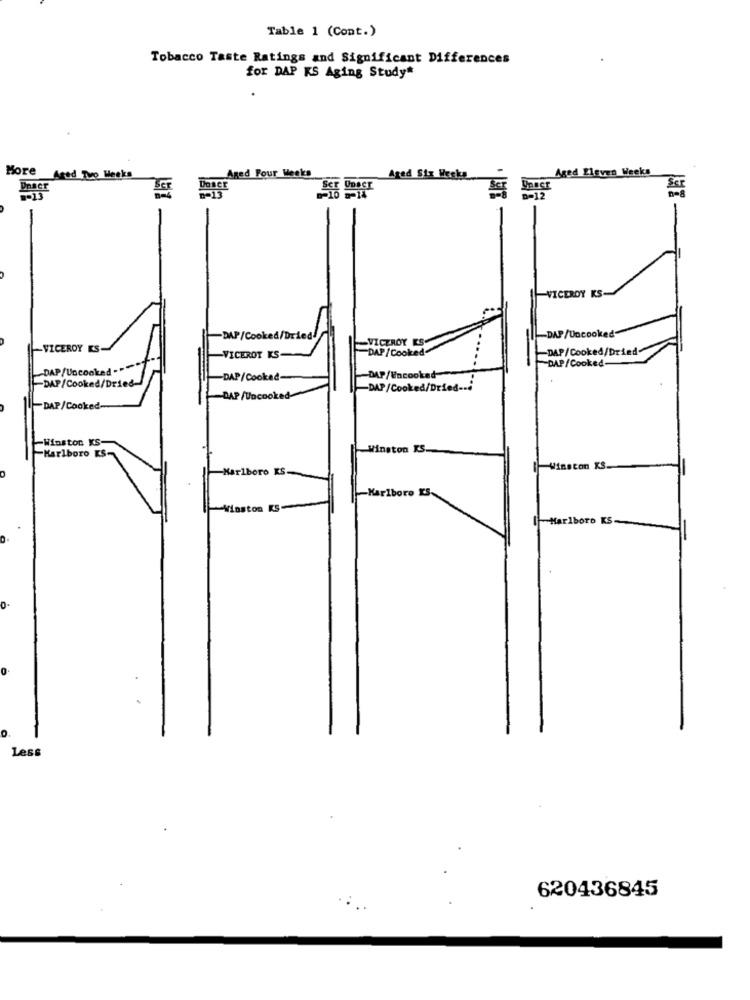
Table 1 (Cont.)
Tobacco Taste Ratings and Significant Differences
for DAP KS Aging Study*
More
Aged Four Weeks
Aged Eleven Weeks
Arad Tvo Hecks
Unaer
SCT
D=12
VICEROY KS
-DAP/Uncooke
DAP/Cooked/Dried
-VICEROY KS-
VICEROY ES-
DAP /Cooked
-DAP/Cooked/Dried-
VICEROT KS
DAP/Cooked
DAP/Uncooked .""
DAP/Cooked
-DAP/Uncooked-
-DAP/Cooked/Dried-
-DAP/Cooked/Dried -- 4
-DAP /Uncooke
-DAP/Cooked-
-Winston KS-
Winston KS.
-Marlboro KS-
Karlboro KS.
aston KS.
-Karlboro KS.
Marlboro KS
0.
Less
620436845